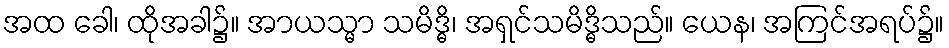
အထ ခေါ၊ ထိုအခါ၌။ အာယသ္မာ သမိဒ္ဓိ၊ အရှင်သမိဒ္ဓိသည်။ ယေန၊ အကြင်အရပ်၌။